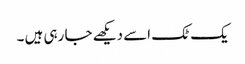
یک ٹک اسے دیکھے جا رہی ہیں ۔